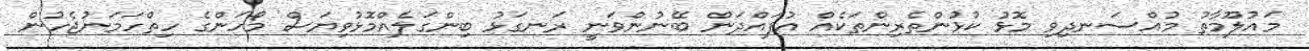
މައުލޫމާތު މުއްސަނދިވި މޮޅު ކުޅުންތެރިންތަކެއް އުފައްދަން ބޭނުންވަނީ ރަނގަޅު ބިންގަލެއްމޮޅުވިޔަސް މޯހަންގެ ހިތްހަމަނުޖެހުން